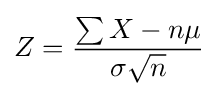
Z={\frac {\sum {X}-n\mu }{\sigma {\sqrt {n}}}}